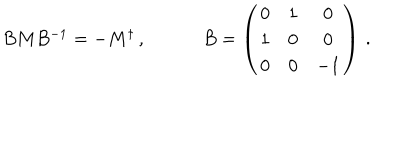
LaTeX: \begin{array} { c c } { { B M B ^ { - 1 } = - M ^ { \dagger } \, , ~ } } & { { ~ B = \left( \begin{array} { c c c } { { 0 } } & { { 1 } } & { { 0 } } \\ { { 1 } } & { { 0 } } & { { 0 } } \\ { { 0 } } & { { 0 } } & { { - 1 } } \\ \end{array} \right) \, . } } \\ \end{array}